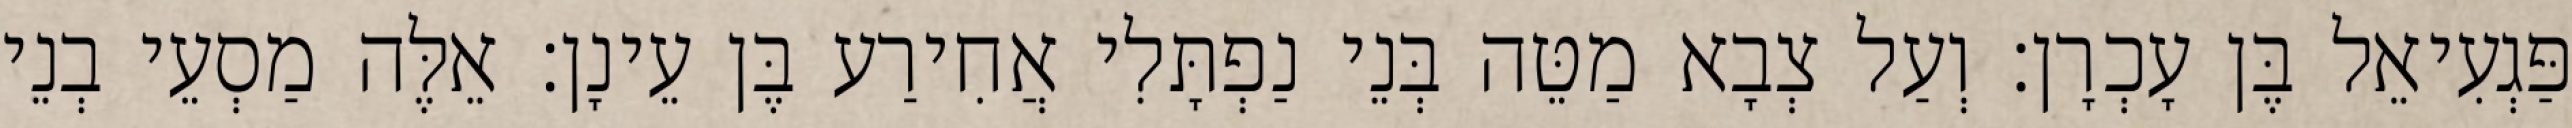
פַּגְעִיאֵל בֶּן עָכְרָן׃ וְעַל צְבָא מַטֵּה בְּנֵי נַפְתָּלִי אֲחִירַע בֶּן עֵינָן׃ אֵלֶּה מַסְעֵי בְנֵי